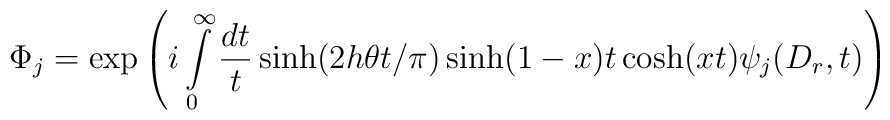
\Phi _{j}=\exp \left( i\int\limits_{0}^{\infty }\frac{dt}{t}\sinh (2h\theta t/\pi )\sinh (1-x)t\cosh (xt)\psi _{j}(D_{r},t)\right)